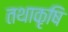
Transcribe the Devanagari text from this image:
तथाकृषि